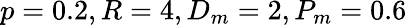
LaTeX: p=0.2,R=4,D_{m}=2,P_{m}=0.6